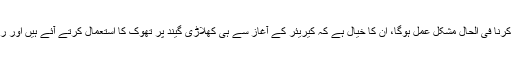
بریٹ لی کا خیال ہے کہ آئی سی سی کے گیند پر تھوک استعمال نہ کرنے کے قوانین کو نافذ کرنا فی الحال مشکل عمل ہوگا، ان کا خیال ہے کہ کیریئر کے آغاز سے ہی کھلاڑی گیند پر تھوک کا استعمال کرتے آئے ہیں اور راتوں رات اس کا استعمال نہ کرنے کی عادت چھوڑنا کسی بھی کھلاڑی کے لئے مشکل ہوگا۔